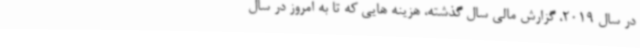
در سال 2019، گزارش مالی سال گذشته، هزینه هایی که تا به امروز در سال